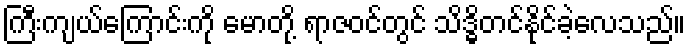
ကြီးကျယ်ကြောင်းကို မောတို့ ရာဇဝင်တွင် သိဒ္ဓိတင်နိုင်ခဲ့လေသည်။